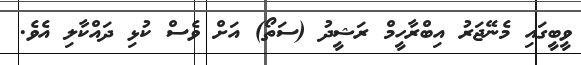
ވީބީގައި މެނޭޖަރު އިބްރާހީމް ރަޝީދު (ސަތޯ) އަށް ވެސް ކުޅި ދައްކާލި އެވެ.